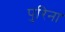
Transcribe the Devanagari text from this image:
पुरिना